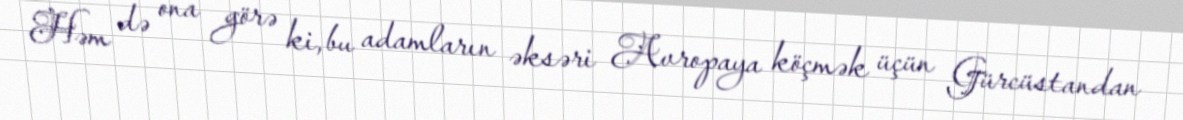
Həm də ona görə ki, bu adamların əksəri Avropaya köçmək üçün Gürcüstandan